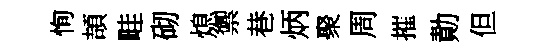
恂頡畦砌熄禦巷炳聚周摧勣但